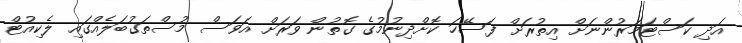
އަދި ކަސްޓަމަރުންނަށް އިތުރަށް ފަސޭހަ ކޮށްދިނުމުގެ ގޮތުން ވަރަށް އަވަސް މުސްތަގުބަލެއްގައި ލެކިއުޓް